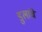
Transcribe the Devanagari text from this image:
डुलांचे